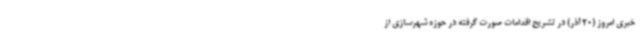
خبری امروز (20 آذر) در تشریح اقدامات صورت گرفته در حوزه شهرسازی از